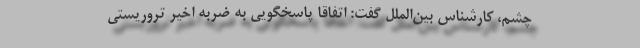
چشم، کارشناس بین‌الملل گفت: اتفاقا پاسخگویی به ضربه اخیر تروریستی